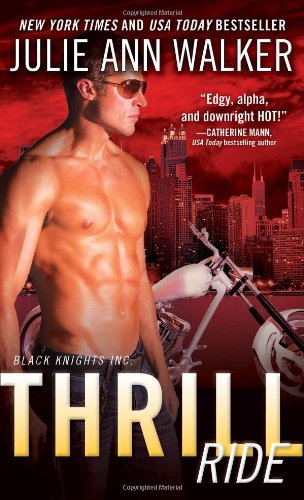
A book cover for Thrill Ride (Black Knights Inc.); Julie Ann Walker; Romance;